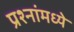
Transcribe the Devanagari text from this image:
प्रश्‍नांमध्‍ये